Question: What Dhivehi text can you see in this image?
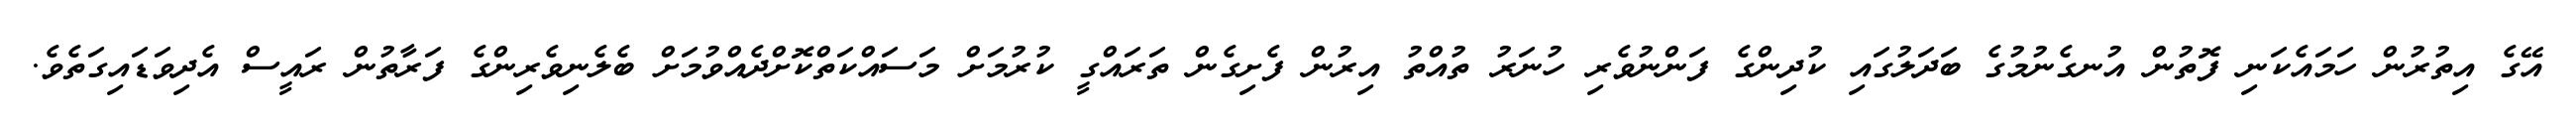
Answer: އޭގެ އިތުރުން ހަމައެކަނި ފޮތުން އުނގެނުމުގެ ބަދަލުގައި ކުދިންގެ ފަންނުވެރި ހުނަރު ތުއްތު އިރުން ފެށިގެން ތަރައްގީ ކުރުމަށް މަސައްކަތްކޮށްދެއްވުމަށް ބެލެނިވެރިންގެ ފަރާތުން ރައީސް އެދިވަޑައިގަތެވެ.